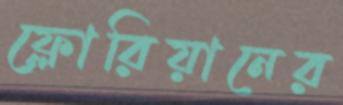
ফ্লোরিয়ানের